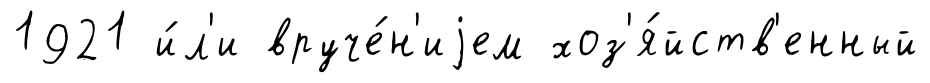
1921 и́л'и вруче́н'иjем хоз'я́йств'енный